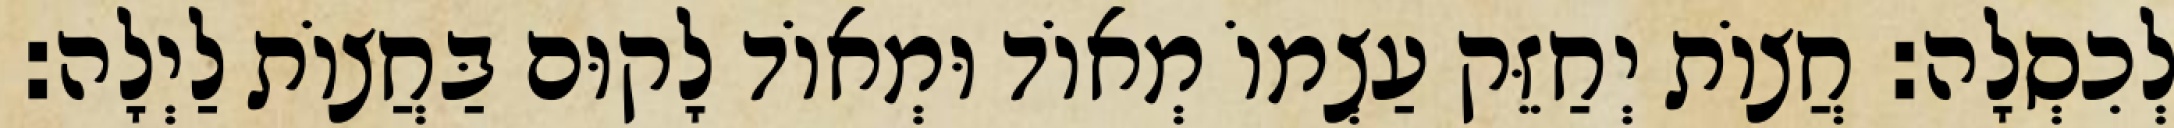
לְכִסְלָה: חֲצוֹת יְחַזֵּק עַצְמוֹ מְאוֹד וּמְאוֹד לָקוּם בַּחֲצוֹת לַיְלָה: